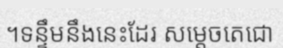
។ទន្ទឹមនឹងនេះដែរ សម្តេចតេជោ